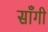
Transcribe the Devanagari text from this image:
साँगी